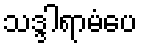
သဒ္ဒါရာမံပေ